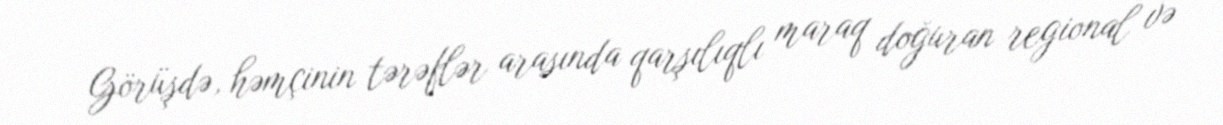
Görüşdə, həmçinin tərəflər arasında qarşılıqlı maraq doğuran regional və